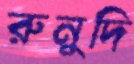
রুনুদি